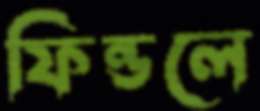
ফিন্ডলে